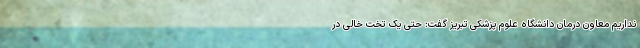
نداریم معاون درمان دانشگاه علوم پزشکی تبریز گفت: حتی یک تخت خالی در